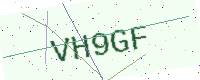
Text: VH9GF